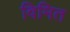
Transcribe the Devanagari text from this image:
विमित